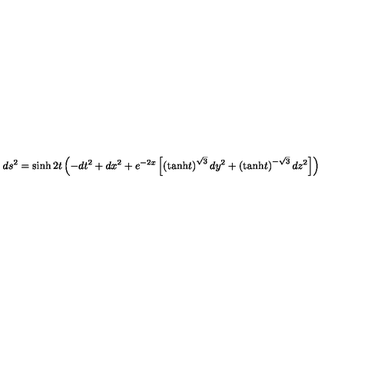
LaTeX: d s ^ { 2 } = \sinh 2 t \left( - d t ^ { 2 } + d x ^ { 2 } + e ^ { - 2 x } \left[ \left( \mathrm { t a n h } t \right) ^ { \sqrt { 3 } } d y ^ { 2 } + \left( \mathrm { t a n h } t \right) ^ { - \sqrt { 3 } } d z ^ { 2 } \right] \right)